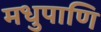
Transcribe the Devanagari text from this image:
मधुपाणि